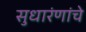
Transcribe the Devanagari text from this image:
सुधारंणांचे